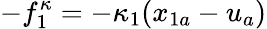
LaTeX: -f_{1}^{\kappa}=-\kappa_{1}(x_{1a}-u_{a})